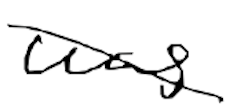
Text: was
Cross-out: diagonal
Writing tool: digital_black